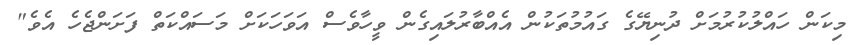
މިކަން ހައްލުކުރުމަށް ދުނިޔޭގެ ގައުމުތަކުން އެއްބާރުލައިގެން ވީހާވެސް އަވަހަކަށް މަސައްކަތް ފަށަންޖެހެ އެވެ"